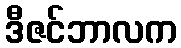
ဒီဇင်ဘာလက